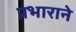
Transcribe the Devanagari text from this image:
प्रभाराने